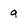
Character: g